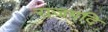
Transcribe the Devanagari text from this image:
राजगदि